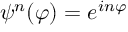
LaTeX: \psi ^ { n } ( \varphi ) = e ^ { i n \varphi }